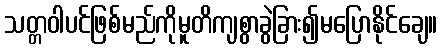
သတ္တဝါပင်ဖြစ်မည်ကိုမူတိကျစွာခွဲခြား၍မပြောနိုင်ချေ။